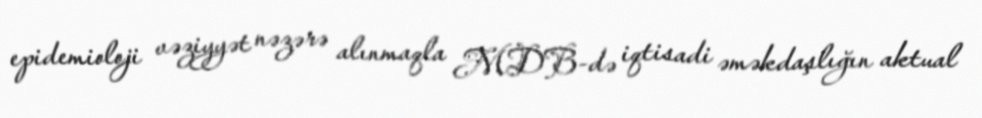
epidemioloji vəziyyət nəzərə alınmaqla MDB-də iqtisadi əməkdaşlığın aktual